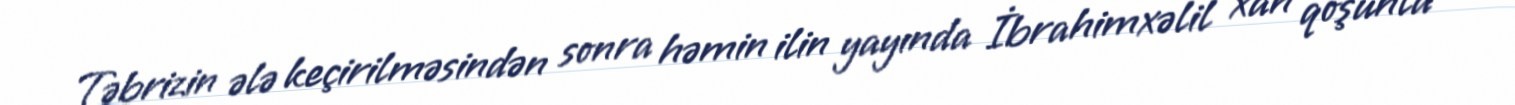
Təbrizin ələ keçirilməsindən sonra həmin ilin yayında İbrahimxəlil xan qoşunla